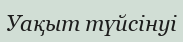
Уақыт түйсінуі